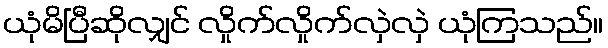
ယုံမိပြီဆိုလျှင် လှိုက်လှိုက်လှဲလှဲ ယုံကြသည်။